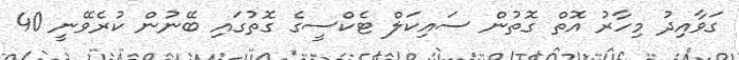
ގަވާއިދު މިހާރު އޮތް ގޮތުން ސައިކަލް ޓެކްސީގެ ގޮތުގައި ބޭނުން ކުރެވޭނީ 40